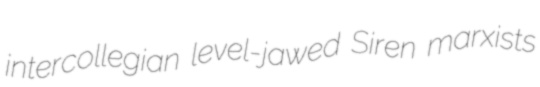
intercollegian level-jawed Siren marxists